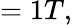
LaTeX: =1T,